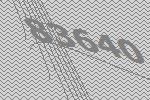
83640